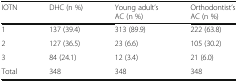
| IOTN | DHC (n %) | Young adult’s AC (n %) | Orthodontist’s AC (n %) |
 | --- | --- | --- | --- |
 | 1 | 137 (39.4) | 313 (89.9) | 222 (63.8) |
 | 2 | 127 (36.5) | 23 (6.6) | 105 (30.2) |
 | 3 | 84 (24.1) | 12 (3.4) | 21 (6.0) |
 | Total | 348 | 348 | 348 |